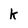
Character: K